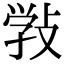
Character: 𢽾